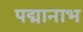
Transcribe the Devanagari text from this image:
पद्मानाभ